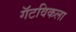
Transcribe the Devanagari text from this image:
गॅटविकला